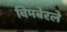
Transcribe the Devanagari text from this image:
विमबेरले